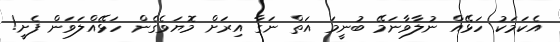
އެކަމަކު ހަޅޭއް ނުލާވާނަމޭ ބުނީމަ އަތް ނަގާ އިރަށް މޮޔަވެގެން ހަޅޭއްލަވަން ފެށީ!